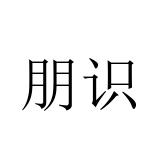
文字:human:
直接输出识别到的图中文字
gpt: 朋识